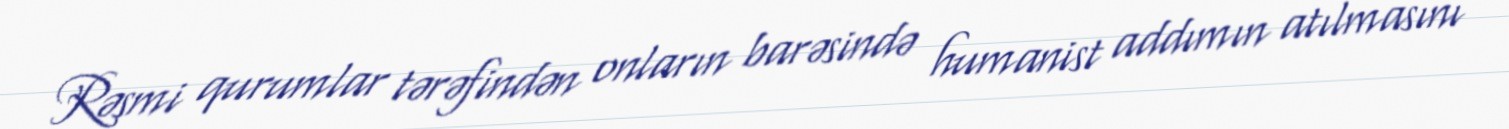
Rəsmi qurumlar tərəfindən onların barəsində humanist addımın atılmasını